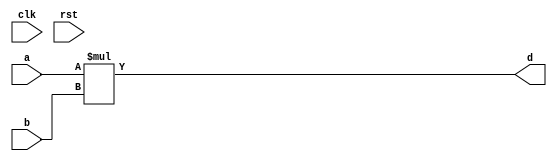
module conf_int_mul__noFF__arch_agnos( clk, rst, a, b, d
 );

//--- parameters
//parameter BT_RND = 0
parameter OP_BITWIDTH = 16; //operator bit width
parameter DATA_PATH_BITWIDTH = 16; //flip flop Bit width

//--- input,outputs
input clk;
input rst;
input [DATA_PATH_BITWIDTH -1:0] a;
input [DATA_PATH_BITWIDTH-1:0] b;
output [2*DATA_PATH_BITWIDTH -1:0] d;


//--- no flop design
assign  d = (a * b);

endmodule


module conf_int_mul__noFF__arch_agnos__w_wrapper( clk, rst, a, b, d
,d__acc, acc__sel);

//--- parameters
//parameter BT_RND = 0
parameter OP_BITWIDTH = 16; //operator bit width
parameter DATA_PATH_BITWIDTH = 16; //flip flop Bit width


//--- input,outputs
input [DATA_PATH_BITWIDTH -1:0] a;
input [DATA_PATH_BITWIDTH-1:0] b;
input [2*32-1:0] d__acc;
input acc__sel;
output [2*32-1:0] d;
input clk;
input rst;

wire [2*DATA_PATH_BITWIDTH-1:0] d__apx;
// synopsys dc_script_begin
 //set_dont_touch d__apx
 //set_dont_touch d__acc
 // synopsys dc_script_end


conf_int_mul__noFF__arch_agnos #(OP_BITWIDTH, DATA_PATH_BITWIDTH) mul__inst(.clk(clk), .rst(rst), .a(a), .b(b), 
    .d(d__apx));

assign d[2*32-1: 2*(32-DATA_PATH_BITWIDTH)] = acc__sel ? d__acc[2*32-1: 2*(32-DATA_PATH_BITWIDTH)] : d__apx;
assign  d[2*(32-DATA_PATH_BITWIDTH) - 1 : 0]= acc__sel ? d__acc[2*(32-DATA_PATH_BITWIDTH) - 1 : 0]:{(2*(32-DATA_PATH_BITWIDTH)){1'b0}};


endmodule